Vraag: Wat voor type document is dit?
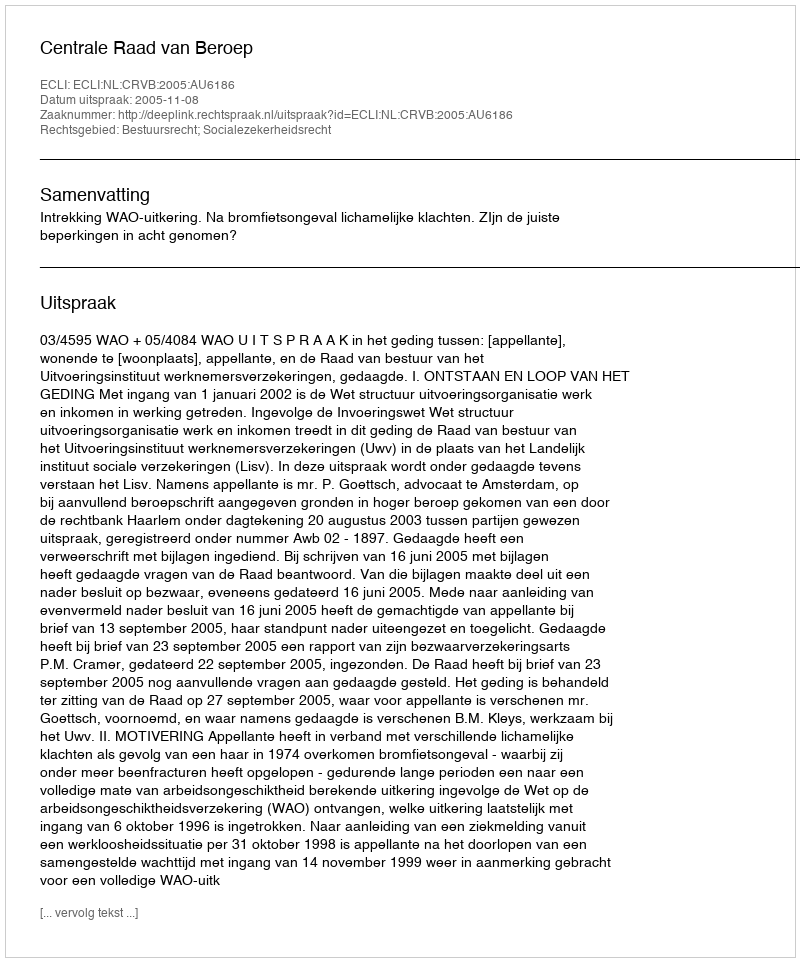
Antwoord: Uitspraak